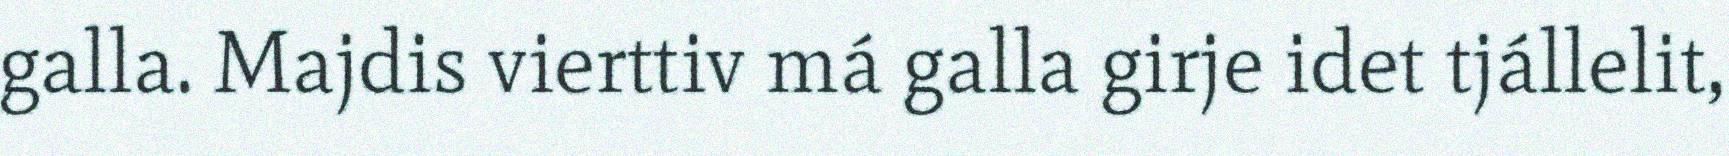
galla. Majdis vierttiv má galla girje idet tjállelit,